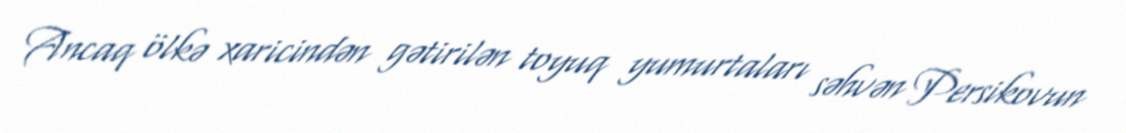
Ancaq ölkə xaricindən gətirilən toyuq yumurtaları səhvən Persikovun